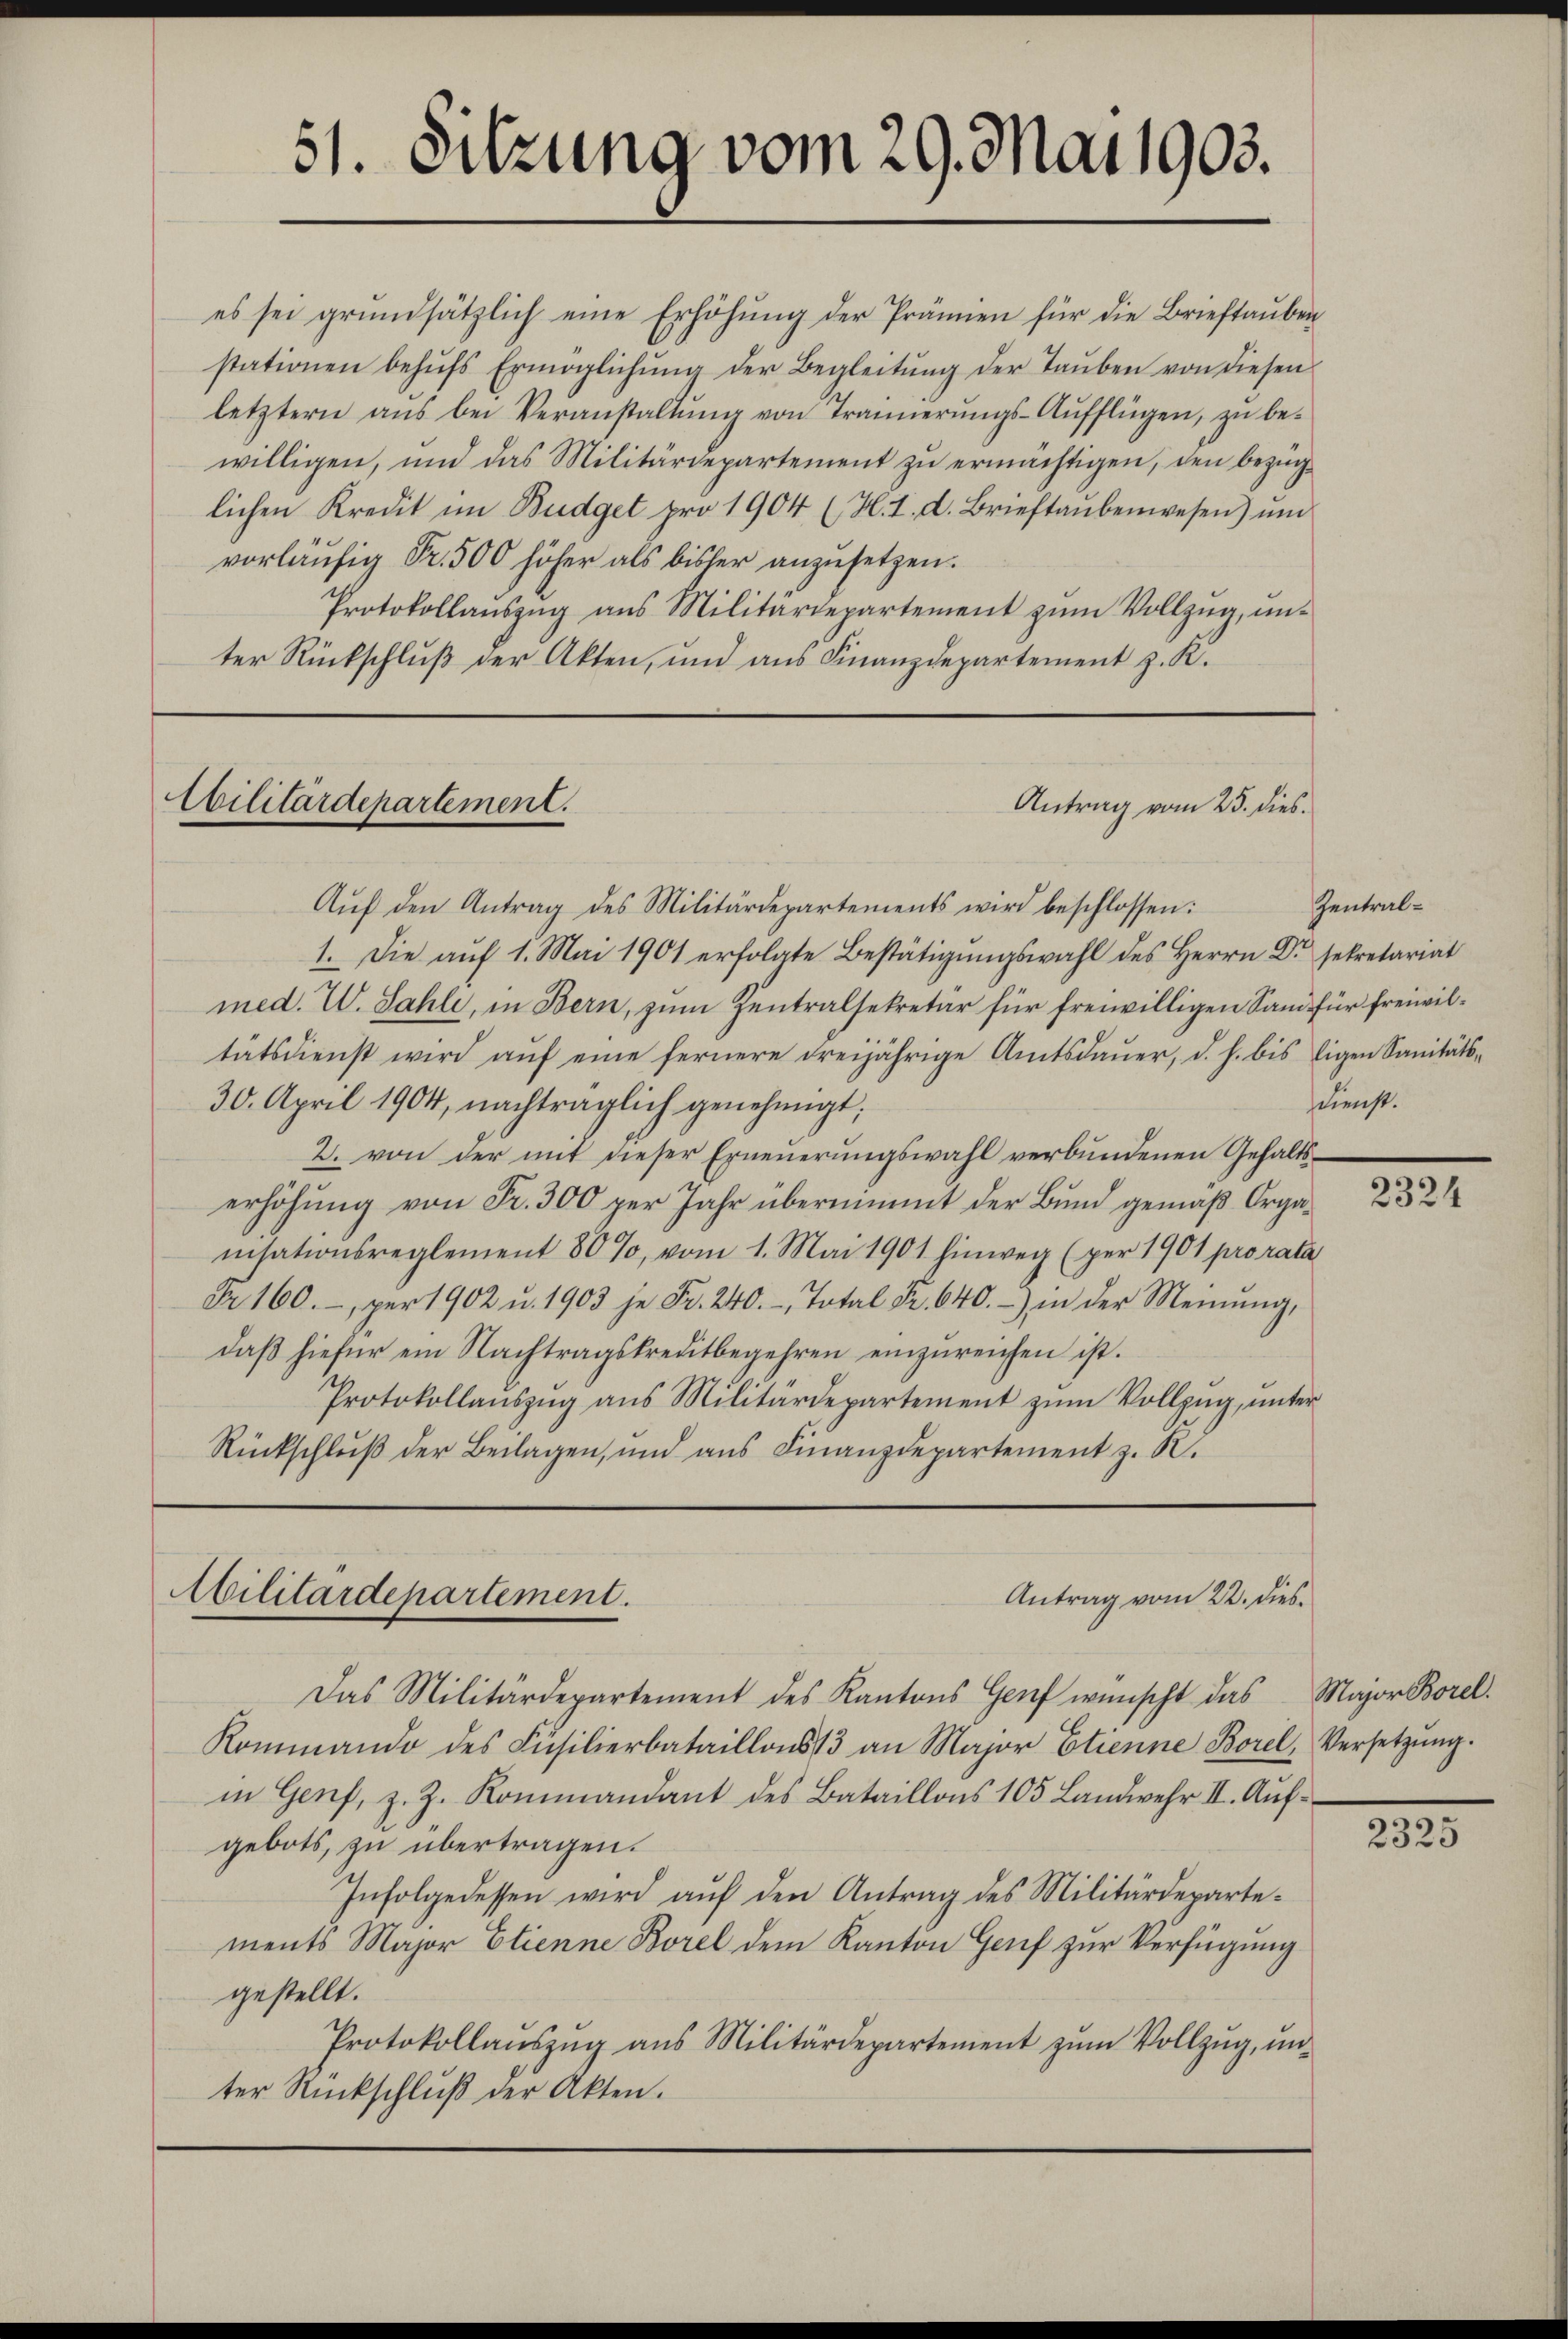
51. Sitzung vom 29. Mai 1903.

es sei grŭndsätzlich eine Erhöhŭng der Prämien für die Brieftaŭben
stationen behŭfs Ermöglichŭng der Begleitŭng der Taŭben von diesen
letztern aŭs bei Veranstaltung von Trannerungs-Aŭfflügen, zu bewilligen, und das Militärdepartement zŭ ermächtigen, den bezüglichen Kredit im Budget pro 1904 (H. I. d. Brieftaubenwesen) und
vorläufig Fr. 500 höher als bisher anzusetzen.
Protokollauszug aus Militärdepartement zum Vollzug, unter Rückschluß der Akten, und aus Finanzdepartement z. K.

Ebilitärdepartement.

Militärdepartement.

Antrag vom 25. dies

Aŭf den Antrag des Militärdepartements wird beschlossen:
1. Die auf 1. Mai 1901 erfolgte Bestätigungswahl des Herrn Dr. sekretariat
med. W. Sahli, in Bern, zum Zentralsekretär für freiwilligen Sand für freiwiltätsdienst wird aŭf eine fernere dreijährige Amtsdauer, d. h. bis ligen Sanitäts¬
30. April 1904, nachträglich genehmigt:
2. von der mit dieser Erneuerungswahl verbundenen Gehaltserhöhung von Fr. 300 per Jahr übernimmt der Bund gemäß Organsationsreglement 80%, vom 1. Mai 1901 hinweg (per 1901 pro rata
Fr. 160.-, per 1902 u. 1903 je Fr. 240.- Total Fr. 640.- in der Meinŭng,
daβ hiefür ein Nachtragskreditbegehren einzŭreichen ist.
Protokollaŭszŭg aŭs Militärdepartement zŭm Vollzŭg, ŭnter
Rückschluß der Beilagen, und aus Finanzdepartement z. B.

Das Militärdepartement des Kantons Genf wünscht das Major Borel.
Rommando des Füsilierbataillons 13 an Major Etienne Borel, Versetzŭng.
in Genf, z. Z. Kommandant des Bataillons 105. Landwehr II. Aufgebots, zu übertragen.
Infolgedessen wird aŭf den Antrag des Militärdeparte-
ments Major Etienne Borel dem Kanton Genf zur Verfügung
gestellt.
Protokollaŭszŭg ans Militärdepartement zŭm Vollzŭg, ŭn-
ter Rückschlŭβ der Akten.

Antrag vom 22. dies¬

Zentral¬
Dienst.

2324

2325